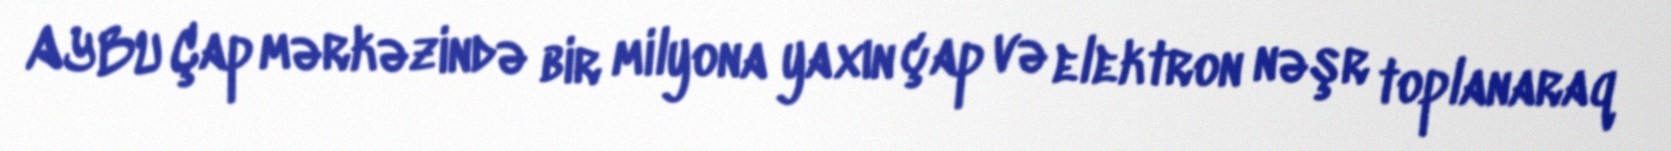
AYBU Çap mərkəzində bir milyona yaxın çap və elektron nəşr toplanaraq